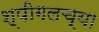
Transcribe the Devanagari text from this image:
श्पीगलच्या